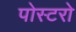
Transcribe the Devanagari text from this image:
पोस्टरो